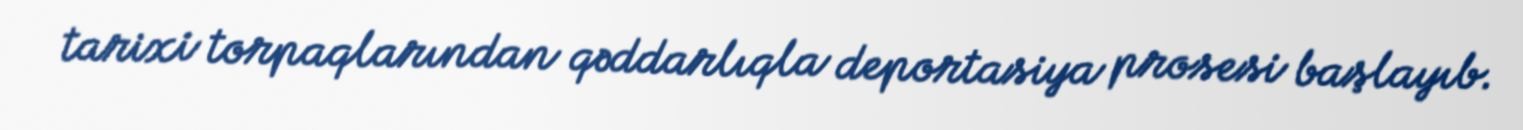
tarixi torpaqlarından qəddarlıqla deportasiya prosesi başlayıb.